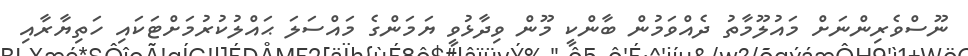
ނޫސްވެރިންނަށް މައުލޫމާތު ދެއްވަމުން ބާންކީ މޫން ވިދާޅުވީ ޔަމަންގެ މައްސަލަ ޙައްލުކުރުމަށްޓަކައި ހަތިޔާރާއި